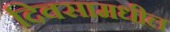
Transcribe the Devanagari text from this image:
दिवसामधील